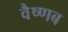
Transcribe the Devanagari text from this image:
वैष्णब